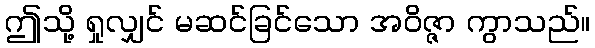
ဤသို့ ရှုလျှင် မဆင်ခြင်သော အဝိဇ္ဇာ ကွာသည်။